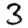
Digit: 3